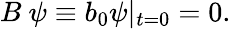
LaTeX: B\ \psi\equiv b_{0}\psi\vert_{t=0}=0.